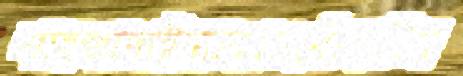
শাহজাদাইন্যাকামখোঁপাটিধ